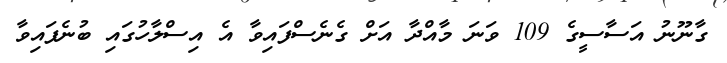
ގާނޫނު އަސާސީގެ 109 ވަނަ މާއްދާ އަށް ގެނެސްފައިވާ އެ އިސްލާހުގައި ބުނެފައިވާ